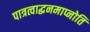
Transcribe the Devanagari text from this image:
पात्रत्वाद्धनमाप्नोति